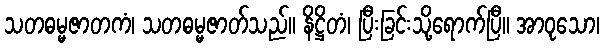
သတဓမ္မဇာတကံ၊ သတဓမ္မဇာတ်သည်။ နိဋ္ဌိတံ၊ ပြီးခြင်းသို့ရောက်ပြီ။ အာဝုသော၊